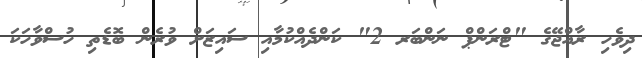
ދިވެހި ރާއްޖޭގެ "ޓްރަންޕް ނަންބަރ 2" ކަންދެއްކުމާއި ސައިޒަށް ވުރެން ބޮޑެތި ހުސްވާހަކަ